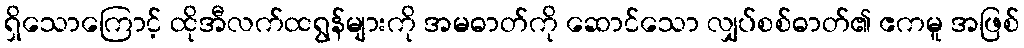
ရှိသောကြောင့် ထိုအီလက်ထရွန်များကို အမဓာတ်ကို ဆောင်သော လျှပ်စစ်ဓာတ်၏ ဧကမူ အဖြစ်